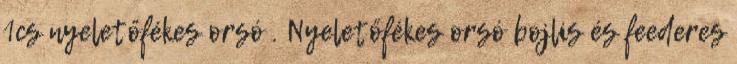
1cs nyeletőfékes orsó . Nyeletőfékes orsó bojlis és feederes